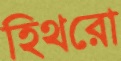
হিথরো